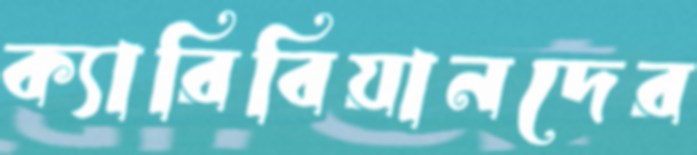
ক্যারিবিয়ানদের